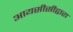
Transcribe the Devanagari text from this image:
आयसीसीद्वारा